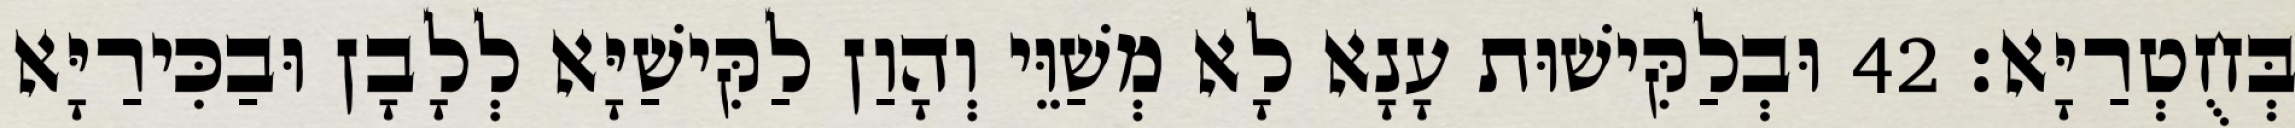
בְּחֻטְרַיָּא׃ 42 וּבְלַקִּישׁוּת עָנָא לָא מְשַׁוֵּי וְהָוַן לַקִּישַׁיָּא לְלָבָן וּבַכִּירַיָּא